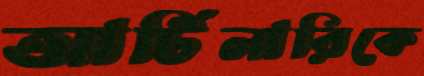
আর্টিলারিকে